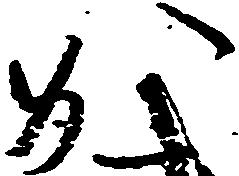
か